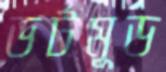
ডর্টমুড